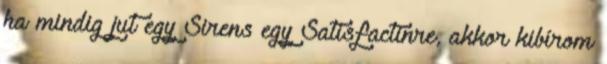
ha mindig jut egy Sirens egy Satisfactinre, akkor kibírom